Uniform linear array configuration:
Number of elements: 4
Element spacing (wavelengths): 0.25
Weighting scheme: binomial
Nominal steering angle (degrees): -30
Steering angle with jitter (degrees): -28.674
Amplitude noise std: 0.05
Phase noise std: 0.05

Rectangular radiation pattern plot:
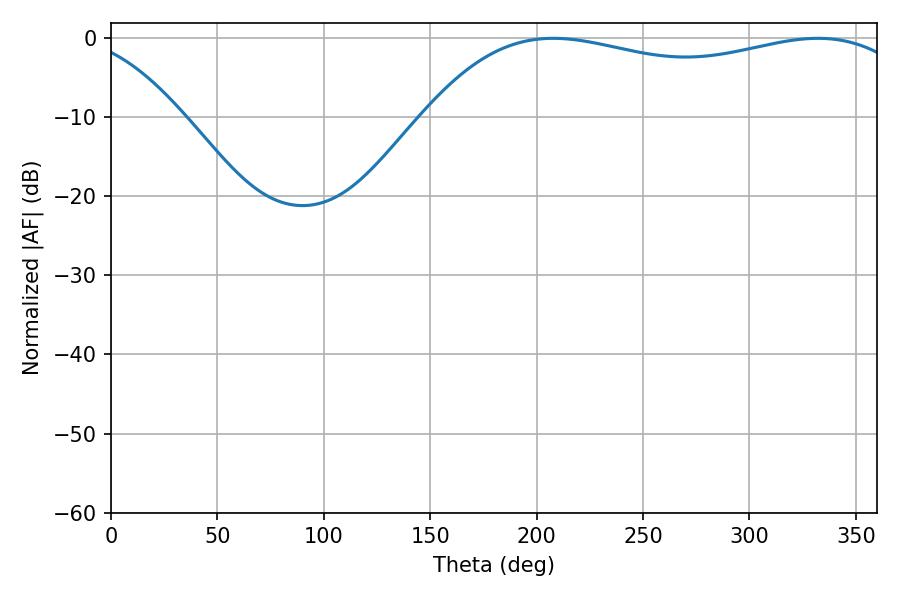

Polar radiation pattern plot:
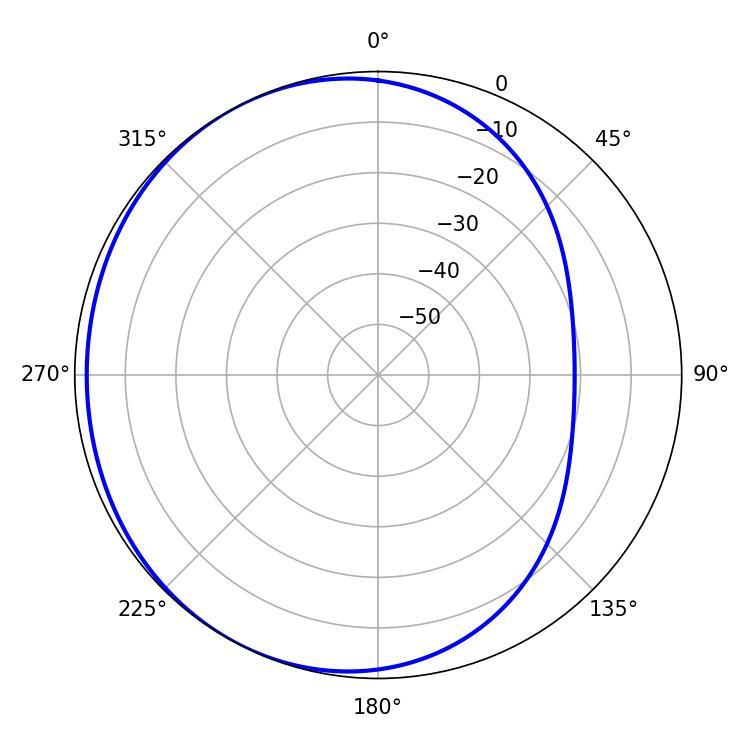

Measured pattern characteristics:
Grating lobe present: FALSE
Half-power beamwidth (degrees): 187.74
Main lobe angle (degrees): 207.72